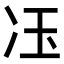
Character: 鿑